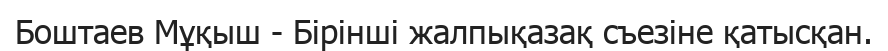
Боштаев Мұқыш - Бірінші жалпықазақ съезіне қатысқан.